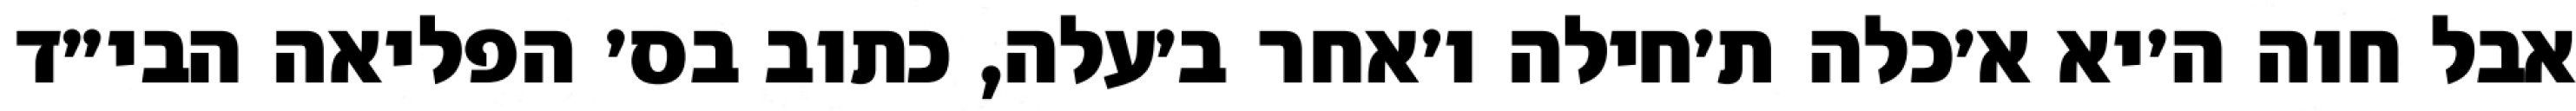
אבל חוה ה׳יא א׳כלה ת׳חילה ו׳אחר ב׳עלה, כתוב בס׳ הפליאה הבי״ד